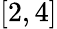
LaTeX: [2,4]